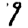
Digit: 9